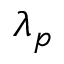
\lambda _ { p }